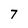
Character: 7